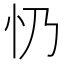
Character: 𢖱